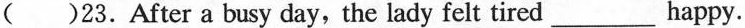
( )23.After a busy day, the lady felt tired___ happy.